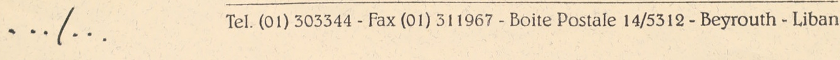
… /… Tel. (01) 303344 - Fax (01) 311967 - Boite Postale 14/5312 - Beyrouth - Liban